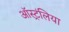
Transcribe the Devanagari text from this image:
ऑस्ट्रंलिया